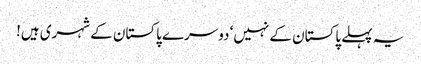
یہ پہلے پاکستان کے نہیں‘ دوسرے پاکستان کے شہری ہیں!